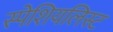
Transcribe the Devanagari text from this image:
स्पेशियलिस्ट